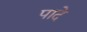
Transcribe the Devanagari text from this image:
पादे